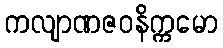
ကလျာဏဇဝနိက္ကမော